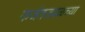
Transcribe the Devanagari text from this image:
कर्जतजवळच्या